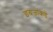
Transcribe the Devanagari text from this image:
इग्रजांकडे